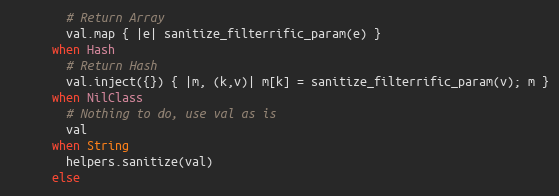
Language: Ruby
        # Return Array
        val.map { |e| sanitize_filterrific_param(e) }
      when Hash
        # Return Hash
        val.inject({}) { |m, (k,v)| m[k] = sanitize_filterrific_param(v); m }
      when NilClass
        # Nothing to do, use val as is
        val
      when String
        helpers.sanitize(val)
      else